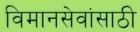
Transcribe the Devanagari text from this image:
विमानसेवांसाठी